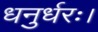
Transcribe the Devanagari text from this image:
धनुर्धरः।